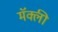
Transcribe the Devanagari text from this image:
मॅक्ली